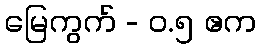
မြေကွက် - ၀.၅ ဧက